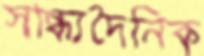
সান্ধ্যদৈনিক